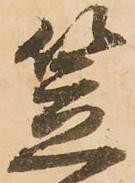
笠